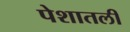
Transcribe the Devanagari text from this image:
पेशातली